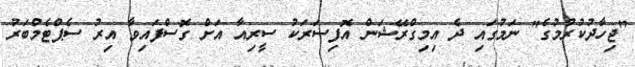
"ޖިހާދުކުރުމުގެ" ނަމުގައި ދެ އިމިގްރޭޝަން އޮފިސަރަކު ސީރިއާ އަށް ގޮސްފައިވާ އިރު ސެޕްޓެމްބަރު